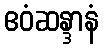
ဧဝံဆန္ဒာနံ